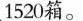
1520箱。